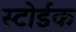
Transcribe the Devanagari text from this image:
स्टोईक